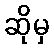
ဆိုမှ